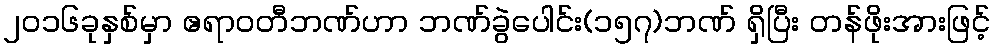
၂၀၁၆ခုနှစ်မှာ ဧရာဝတီဘဏ်ဟာ ဘဏ်ခွဲပေါင်း(၁၅၇)ဘဏ် ရှိပြီး တန်ဖိုးအားဖြင့်